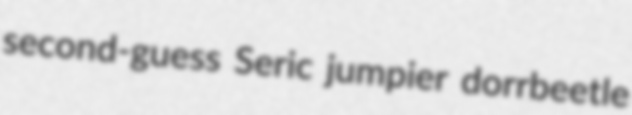
second-guess Seric jumpier dorrbeetle